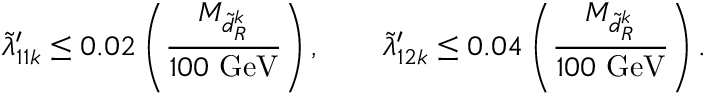
\tilde { \lambda } _ { 1 1 k } ^ { \prime } \le 0 . 0 2 \left( \frac { M _ { \tilde { d } _ { R } ^ { k } } } { 1 0 0 \mathrm { ~ G e V } } \right) , \qquad \tilde { \lambda } _ { 1 2 k } ^ { \prime } \le 0 . 0 4 \left( \frac { M _ { \tilde { d } _ { R } ^ { k } } } { 1 0 0 \mathrm { ~ G e V } } \right) .